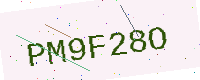
Text: PM9F28O